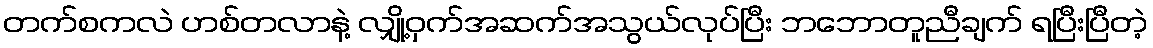
တက်စကလဲ ဟစ်တလာနဲ့ လျှို့ဝှက်အဆက်အသွယ်လုပ်ပြီး ဘဘောတူညီချက် ရပြီးပြီတဲ့